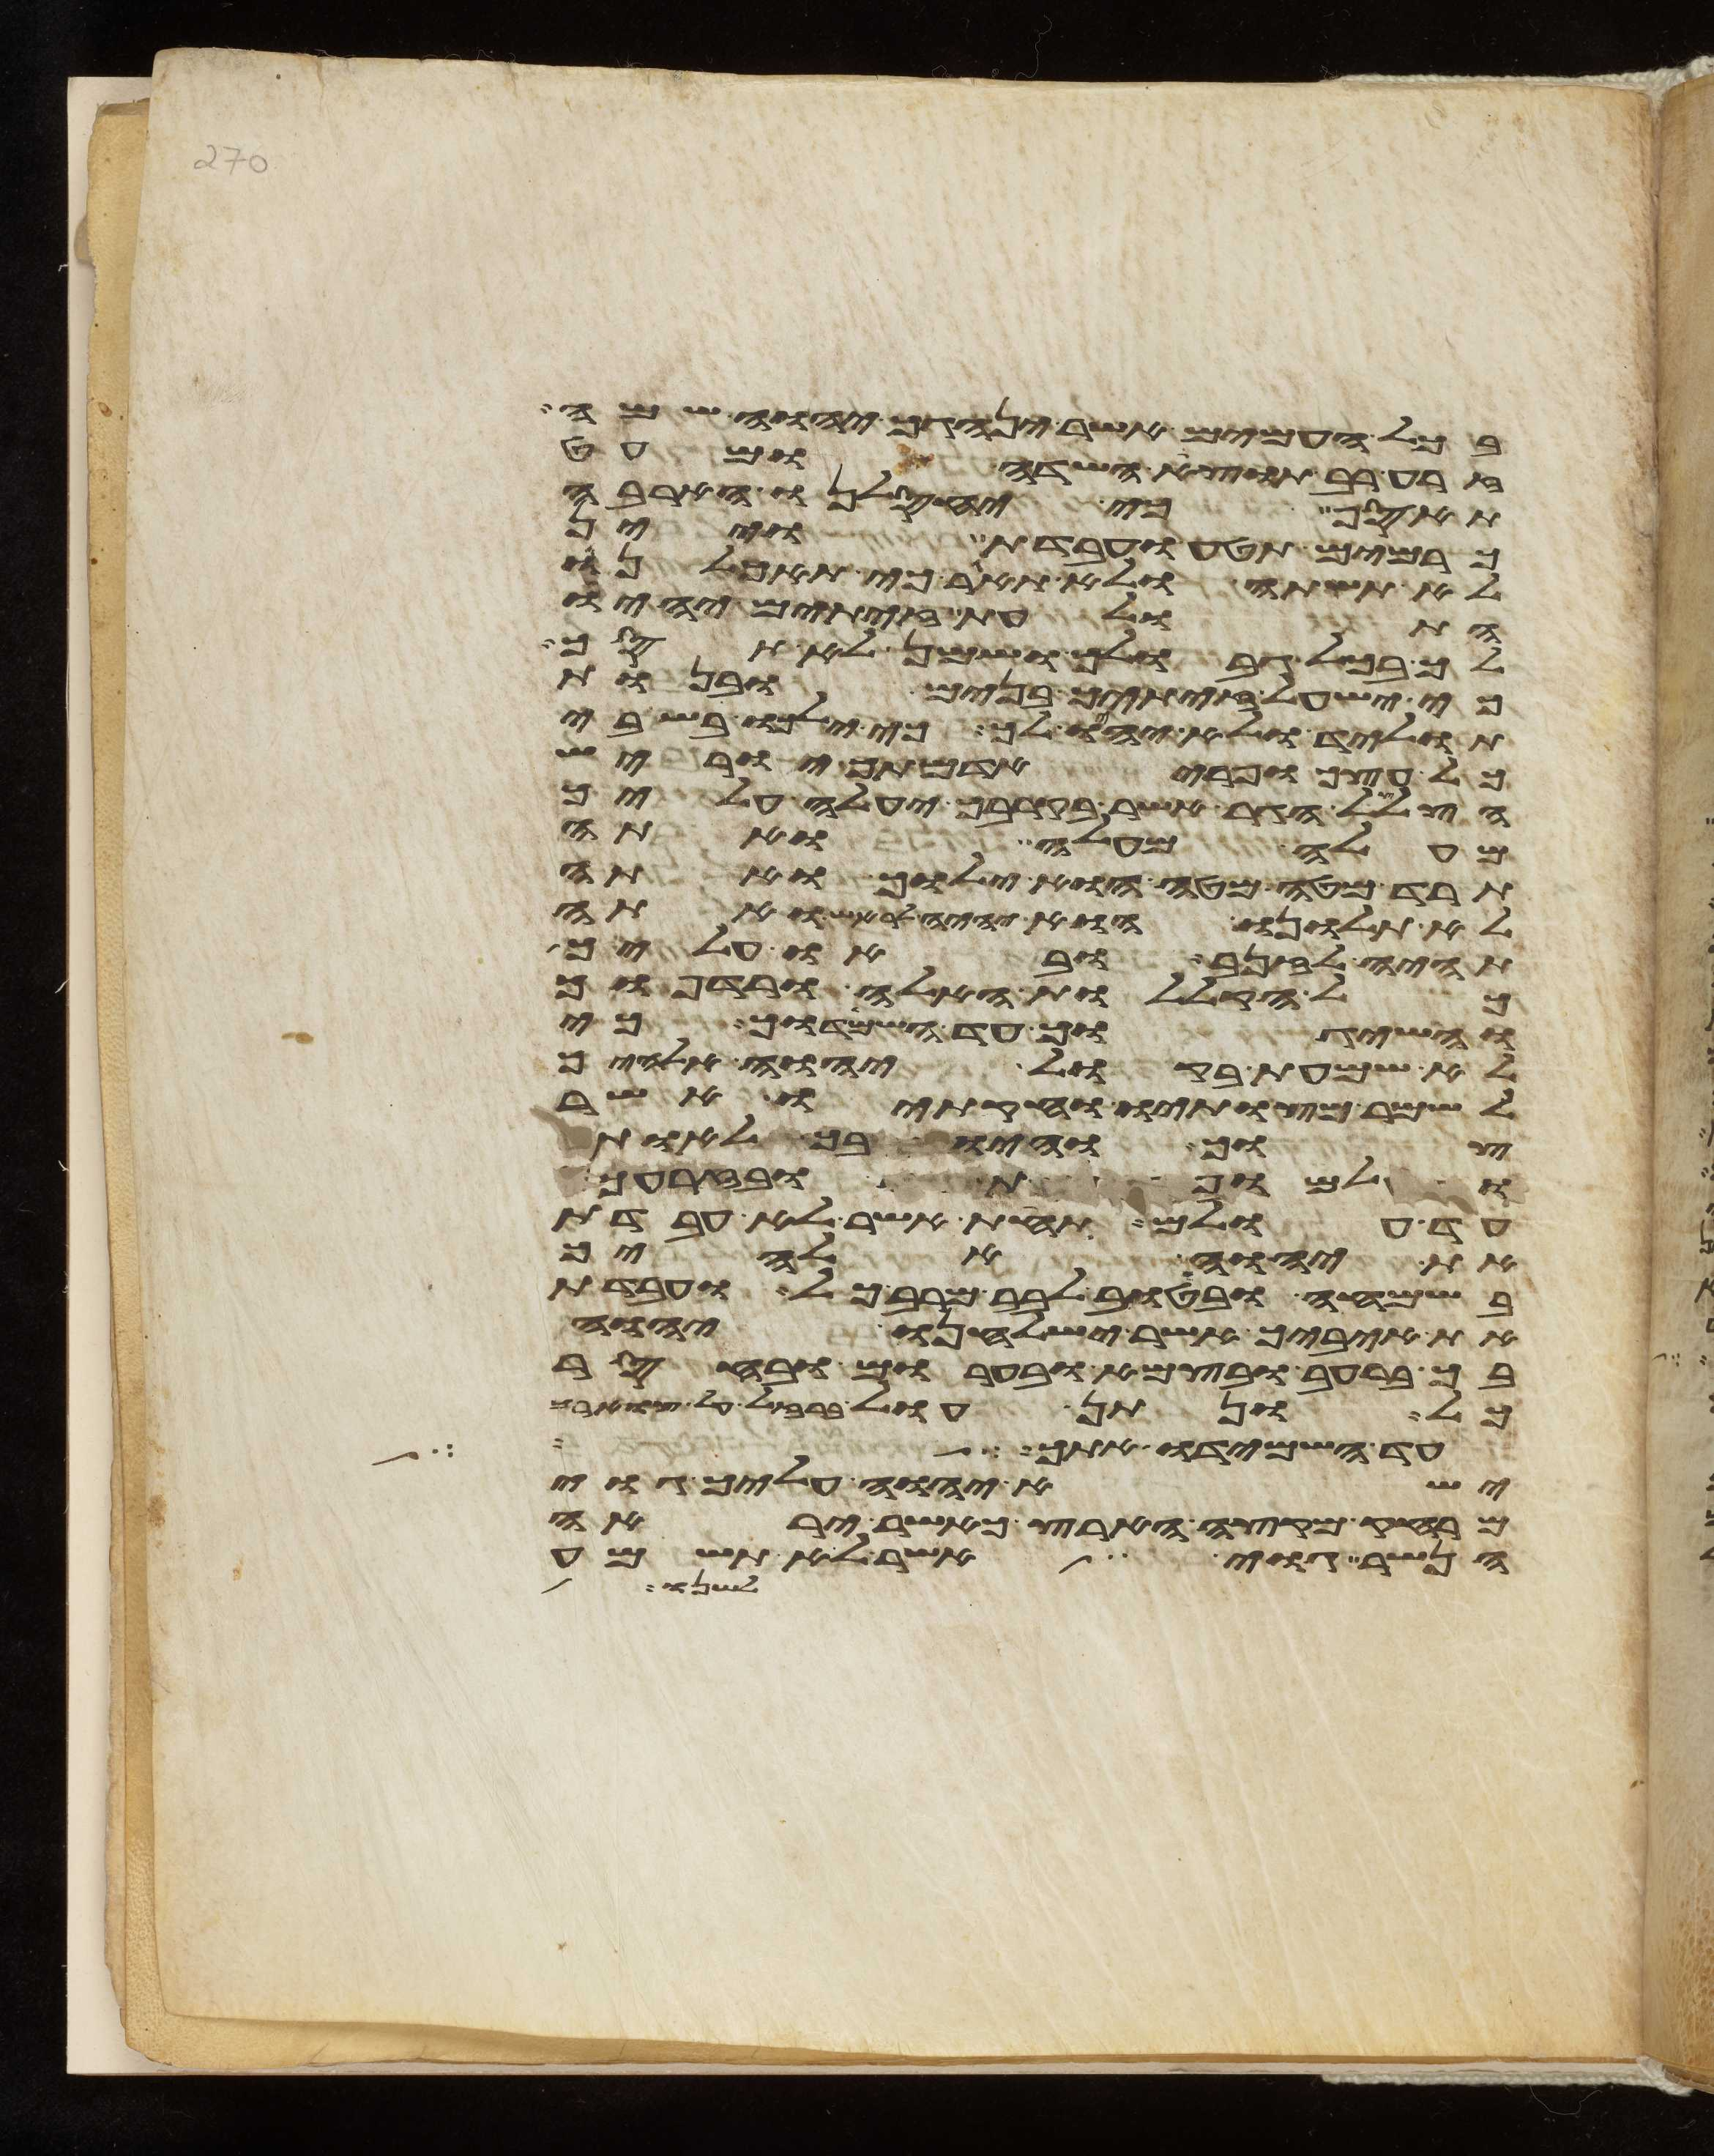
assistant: בכל העמים אשר ינהגך יהוה שמה
זרע רב תוצא השדה ומעט
תאסף כי יחסלנו הארבה
כרמים תטע ועבדת ויין
לא תשתה ולא תאגר כי תאכלנו
התולעת זיתים יהיו
לך בכל גבולך ושמן לא תסך
כי ישעל זיתיך בנים ובנות
תוליד ולא יהיו לך כי ילכו בשבי
כל עצך ופרי אדמתך יוריש
הצלצל הגר אשר בקרבך יעלה עליך
מעלה מעלה ואתה
תרד מטה מטה הוא ילוך ואתה
לא תלונו הוא יהיה לראש ואתה
תהיה לזנב ובאו עליך כל
כל הקללות האלה ורדפוך
והשיגוך עד השמידוך כי
לא שמעת בקול יהוה אלהיך
לשמר מצותיו וחקתיו אשר
צוך והיו בך לאות
ולמופת ובזרעך
עד עולם תחת אשר לא עבדת
את יהוה אלהיך
בשמחה ובטוב לבב מרב כל ועבדת
את איביך אשר ישלחנו יהוה
בך ברעב ובצמא ובערום ובחסר
כל ונתן עול ברזל על צוארך
עד השמידו אתך ישא
ישא יהוה עליך גוי
מרחק מקצה הארץ כאשר יראה
הנשר גוי אשר לא תשמע
לשנו